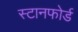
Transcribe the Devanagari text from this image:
स्टानफोर्ड